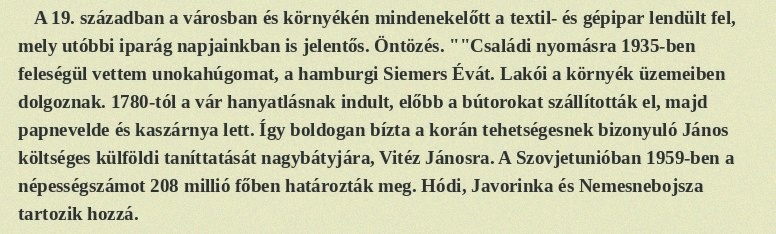
A 19. században a városban és környékén mindenekelőtt a textil- és gépipar lendült fel, mely utóbbi iparág napjainkban is jelentős. Öntözés. ""Családi nyomásra 1935-ben feleségül vettem unokahúgomat, a hamburgi Siemers Évát. Lakói a környék üzemeiben dolgoznak. 1780-tól a vár hanyatlásnak indult, előbb a bútorokat szállították el, majd papnevelde és kaszárnya lett. Így boldogan bízta a korán tehetségesnek bizonyuló János költséges külföldi taníttatását nagybátyjára, Vitéz Jánosra. A Szovjetunióban 1959-ben a népességszámot 208 millió főben határozták meg. Hódi, Javorinka és Nemesnebojsza tartozik hozzá.